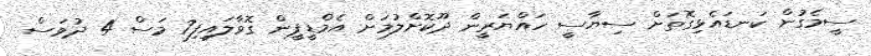
ސީމެގުން ކަނޑައެޅިގޮތަށް ސިޔާސީ ހައްޔަރީން ދޫކޮށްލުމަށް އެމްޑީޕީން ގޮވާލައިފި7 މަސް 4 ދުވަސް